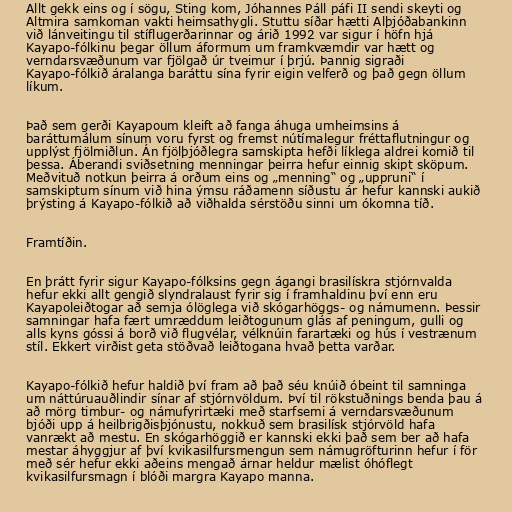
Allt gekk eins og í sögu, Sting kom, Jóhannes Páll páfi II sendi skeyti og
Altmira samkoman vakti heimsathygli. Stuttu síðar hætti Alþjóðabankinn
við lánveitingu til stíflugerðarinnar og árið 1992 var sigur í höfn hjá
Kayapo-fólkinu þegar öllum áformum um framkvæmdir var hætt og
verndarsvæðunum var fjölgað úr tveimur í þrjú. Þannig sigraði
Kayapo-fólkið áralanga baráttu sína fyrir eigin velferð og það gegn öllum
líkum.

Það sem gerði Kayapoum kleift að fanga áhuga umheimsins á
baráttumálum sínum voru fyrst og fremst nútímalegur fréttaflutningur og
upplýst fjölmiðlun. Án fjölþjóðlegra samskipta hefði líklega aldrei komið til
þessa. Áberandi sviðsetning menningar þeirra hefur einnig skipt sköpum.
Meðvituð notkun þeirra á orðum eins og „menning“ og „uppruni“ í
samskiptum sínum við hina ýmsu ráðamenn síðustu ár hefur kannski aukið
þrýsting á Kayapo-fólkið að viðhalda sérstöðu sinni um ókomna tíð.

Framtíðin.

En þrátt fyrir sigur Kayapo-fólksins gegn ágangi brasilískra stjórnvalda
hefur ekki allt gengið slyndralaust fyrir sig í framhaldinu því enn eru
Kayapoleiðtogar að semja ólöglega við skógarhöggs- og námumenn. Þessir
samningar hafa fært umræddum leiðtogunum glás af peningum, gulli og
alls kyns góssi á borð við flugvélar, vélknúin farartæki og hús í vestrænum
stíl. Ekkert virðist geta stöðvað leiðtogana hvað þetta varðar.

Kayapo-fólkið hefur haldið því fram að það séu knúið óbeint til samninga
um náttúruauðlindir sínar af stjórnvöldum. Því til rökstuðnings benda þau á
að mörg timbur- og námufyrirtæki með starfsemi á verndarsvæðunum
bjóði upp á heilbrigðisþjónustu, nokkuð sem brasilísk stjórvöld hafa
vanrækt að mestu. En skógarhöggið er kannski ekki það sem ber að hafa
mestar áhyggjur af því kvikasilfursmengun sem námugröfturinn hefur í för
með sér hefur ekki aðeins mengað árnar heldur mælist óhóflegt
kvikasilfursmagn í blóði margra Kayapo manna.